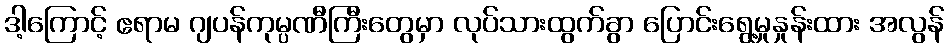
ဒါ့ကြောင့် ဧရာမ ဂျပန်ကုမ္ပဏီကြီးတွေမှာ လုပ်သားထွက်ခွာ ပြောင်းရွေ့မှုနှုန်းထား အလွန်